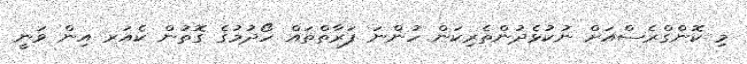
މި ކޮންގްރެސްއަށް ނުކުޅެދުންތެރިކަން ހުންނަ ފަރާތްތައް ހޯދުމުގެ ގޮތުން ކެއަރ އިން ވަނީ